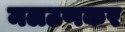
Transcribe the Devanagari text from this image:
मलठणकर